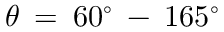
\theta \: = \: 6 0 ^ { \circ } \: - \: 1 6 5 ^ { \circ }